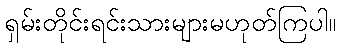
ရှမ်းတိုင်းရင်းသားများမဟုတ်ကြပါ။